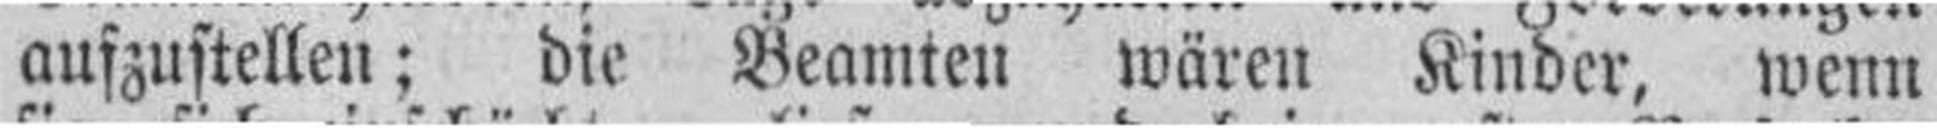
aufzustellen; die Beamten wären Kinder, wenn